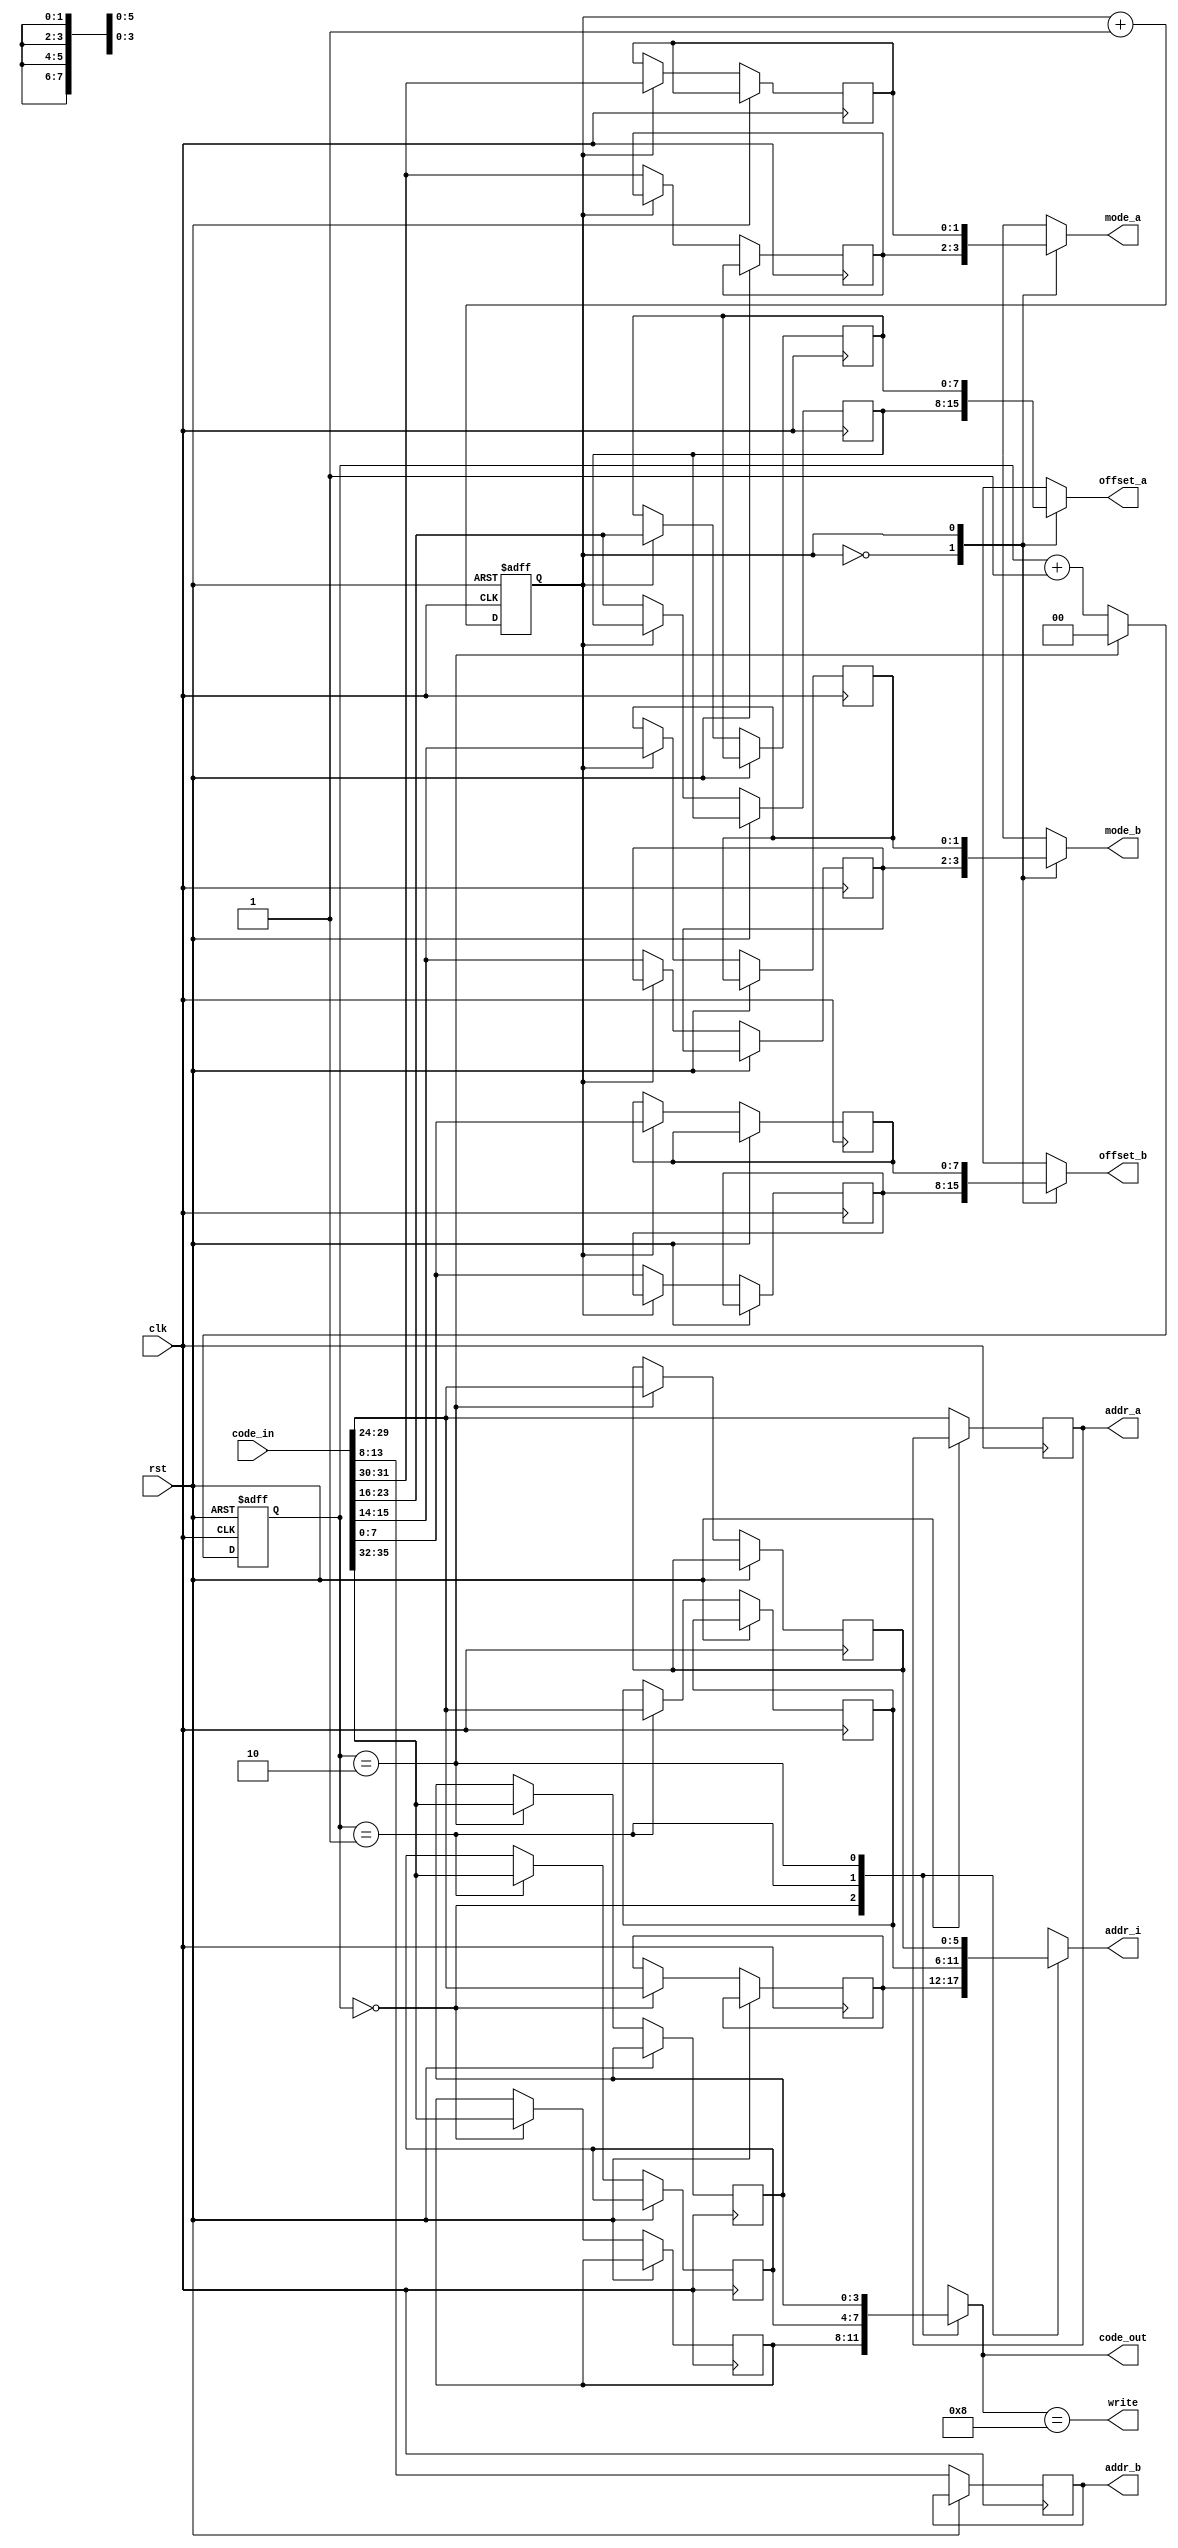
/**

 Converts config-cell opcodes to tile opcodes and memory instructions

**/

module CTRL_CELL(clk, rst, code_in, code_out , write , mode_a , mode_b , offset_a , offset_b, addr_a, addr_b, addr_i);
  parameter BLOCK_BITS = 3; // address bits for symmetric axis
  parameter ADDR_BITS = 6;
  parameter WORD_BITS = 16;
  parameter TOC_WIDTH = 4; // Tile OpCode Width
  parameter MODE_BITS = 2;

  parameter BC = (BLOCK_BITS+1)*2; // Block helper variable

  input wire clk, rst;
  input wire [TOC_WIDTH+2*(BC+ADDR_BITS+MODE_BITS):0] code_in;

  output wire [TOC_WIDTH-1:0] code_out;
  output wire [ADDR_BITS-1:0] addr_i;
  output reg [ADDR_BITS-1:0] addr_a, addr_b; // needs to be changed for writing later
  output wire [MODE_BITS-1:0] mode_a, mode_b;
  output wire [BC-1:0] offset_a, offset_b;
  output wire write;

  reg [TOC_WIDTH-1:0] q_opcode[0:2];
  reg [MODE_BITS-1:0] q_mode_a[0:1],q_mode_b[0:1];
  reg [BC-1:0] q_offset_a[0:1],q_offset_b[0:1];
  reg [ADDR_BITS-1:0] q_addr[0:2];
  
  reg [1:0] qc_tile;
  reg qc_viewer;

  wire [1:0] qc_tile_i;
  assign qc_tile_i = (qc_tile == 'b10)? 'b0: qc_tile + 1;; 

  assign code_out = q_opcode[qc_tile];
  assign addr_i = q_addr[qc_tile];

  assign offset_a = q_offset_a[qc_viewer];
  assign offset_b = q_offset_b[qc_viewer];
  assign mode_a = q_mode_a[qc_viewer];
  assign mode_b = q_mode_b[qc_viewer];

  assign write = (code_out == 4'b1000);

  always @(posedge clk or posedge rst) begin
    if (rst) begin
      qc_tile <= 'b0;
      qc_viewer <= 'b0;
    end else begin
      q_offset_b[qc_viewer]<= code_in[BC-1:0];
      addr_b <= code_in[BC+ADDR_BITS-1:BC];
      q_mode_b[qc_viewer]  <= code_in[BC+ADDR_BITS+MODE_BITS-1:BC+ADDR_BITS];

      q_offset_a[qc_viewer]  <= code_in[2*BC+ADDR_BITS+MODE_BITS-1:BC+ADDR_BITS+MODE_BITS];
      addr_a <= code_in[2*(BC+ADDR_BITS)+MODE_BITS-1:2*BC+ADDR_BITS+MODE_BITS];
      q_mode_a[qc_viewer]  <= code_in[2*(BC+ADDR_BITS+MODE_BITS)-1:2*(BC+ADDR_BITS)+MODE_BITS];

      q_opcode[qc_tile] <= code_in[TOC_WIDTH+2*(BC+ADDR_BITS+MODE_BITS)-1:2*(BC+ADDR_BITS+MODE_BITS)];
      q_addr[qc_tile] <= code_in[2*(BC+ADDR_BITS)+MODE_BITS-1:2*BC+ADDR_BITS+MODE_BITS];

      qc_tile <= qc_tile_i;
      qc_viewer <= qc_viewer + 1;
    end
  end

endmodule